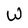
Character: W